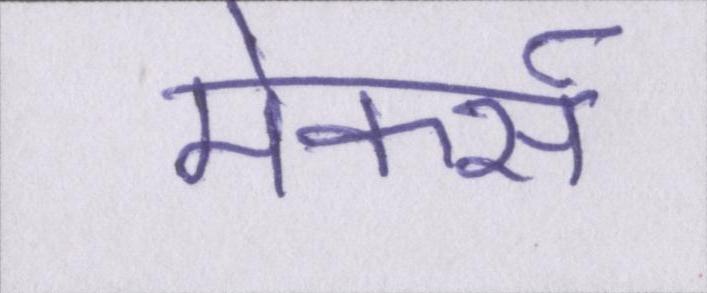
मेकर्स